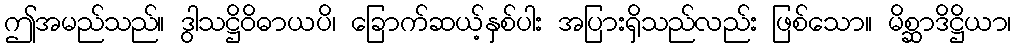
ဤအမည်သည်။ ဒွါသဋ္ဌိဝိဓာယပိ၊ ခြောက်ဆယ့်နှစ်ပါး အပြားရှိသည်လည်း ဖြစ်သော။ မိစ္ဆာဒိဋ္ဌိယာ၊